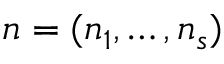
n = ( n _ { 1 } , \dots , n _ { s } )